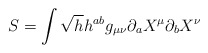
\begin{align*}S=\int \sqrt{h}h^{ab}g_{\mu \nu }\partial _{a}X^{\mu }\partial _{b}X^{\nu }\end{align*}